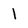
Character: 1